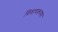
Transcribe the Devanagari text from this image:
विवाचकगण